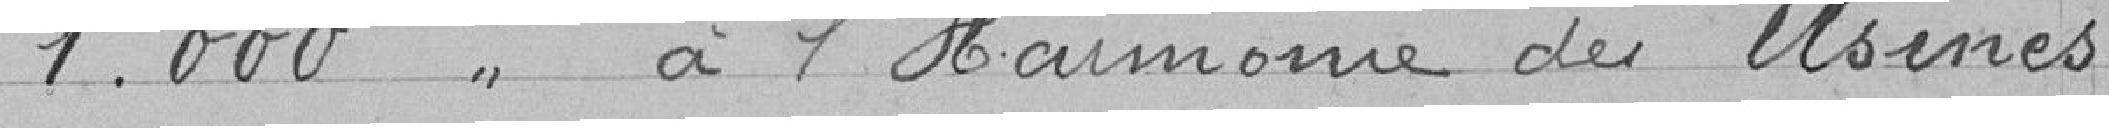
1.000 " à l'Harmonie des Usines